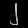
Digit: ၂